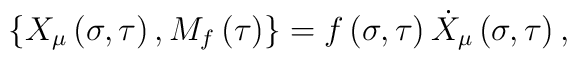
\left\{ X_\mu \left( \sigma ,\tau \right) ,M_f\left( \tau \right) \right\}=f\left( \sigma ,\tau \right) \dot X_\mu \left( \sigma ,\tau \right) ,